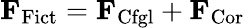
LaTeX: \mathbf{F}_{\mathrm{Fict}}=\mathbf{F}_{\mathrm{Cfgl}}+\mathbf{F}_{\mathrm{Cor}}